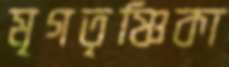
মৃগতৃষ্ণিকা